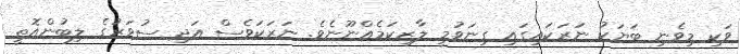
ވަކި މިވެނި ބަޔަކު ނަރަކައިގައި ގިނަވުމީ ލާޒިކަމެއްނޫނެވެ. ނަރަކަވެސް އަދި ސުވަރުގެ ލިބުންއޮތީ